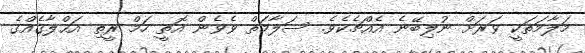
މަލާމަތަކީ ވަރަށް ނުލިބޭނެ އެއްޗެކެވެ. ސަލާމަތް ވެވެން އޮތީ ހަމް ރީތި އަޙްލާޤެއްގެ